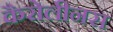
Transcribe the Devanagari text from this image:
कैरोलीनस